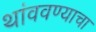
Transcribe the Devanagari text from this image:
थांववण्याचा